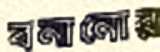
বনানোর